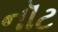
નૉટ